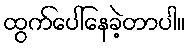
ထွက်ပေါ်နေခဲ့တာပါ။